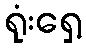
ရုံးရှေ့